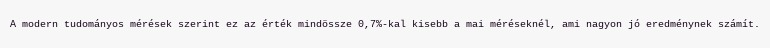
A modern tudományos mérések szerint ez az érték mindössze 0,7%-kal kisebb a mai méréseknél, ami nagyon jó eredménynek számít.